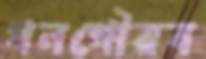
ধনগৌরব